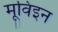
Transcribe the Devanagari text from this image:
मूविइन